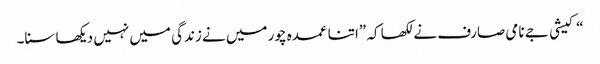
“کیشی جے نامی صارف نے لکھا کہ ”اتنا عمدہ چور میں نے زندگی میں نہیں دیکھا سنا۔